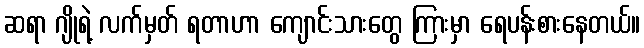
ဆရာ ဂျိုရဲ့ လက်မှတ် ရတာဟာ ကျောင်းသားတွေ ကြားမှာ ရေပန်းစားနေတယ်။